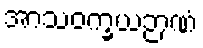
အာသဝက္ခယဉာဏံ